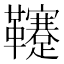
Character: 𩎀